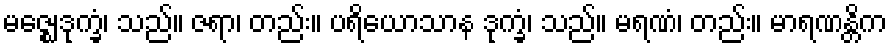
မဇ္ဈေဒုက္ခံ၊ သည်။ ဇရာ၊ တည်း။ ပရိယောသာန ဒုက္ခံ၊ သည်။ မရဏံ၊ တည်း။ မာရဏန္တိက